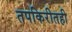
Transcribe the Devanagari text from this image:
तपकिरीतही